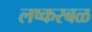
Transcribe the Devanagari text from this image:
लष्करबळ